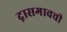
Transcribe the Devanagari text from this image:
द़ासगावची